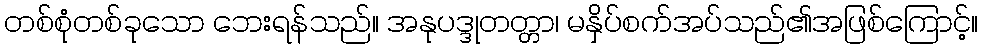
တစ်စုံတစ်ခုသော ဘေးရန်သည်။ အနုပဒ္ဒုတတ္တာ၊ မနှိပ်စက်အပ်သည်၏အဖြစ်ကြောင့်။